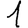
Digit: 1